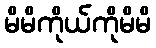
မိမိကိုယ်ကိုမိမိ